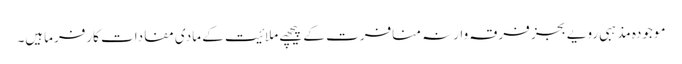
موجودہ مذہبی رویے بجز فرقہ وارنہ منافرت کے پیچھے ملائیت کے مادی مفادات کارفرماہیں۔